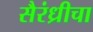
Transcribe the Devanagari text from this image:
सैरंध्रीचा